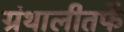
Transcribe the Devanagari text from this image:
ग्रंथालीतर्फे